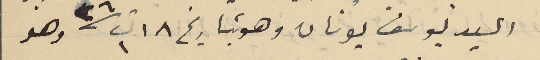
السيد يوسف يونان وهو بتاريخ ١٨ ت١ سنة ٢٦ وهو